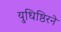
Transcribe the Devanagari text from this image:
युधिष्ठिरने